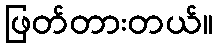
ဖြတ်တားတယ်။